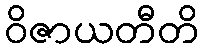
ဝိဇာယတီတိ